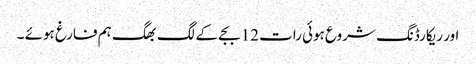
اور ریکارڈنگ شروع ہوئی رات 12 بجے کے لگ بھگ ہم فارغ ہوئے ۔